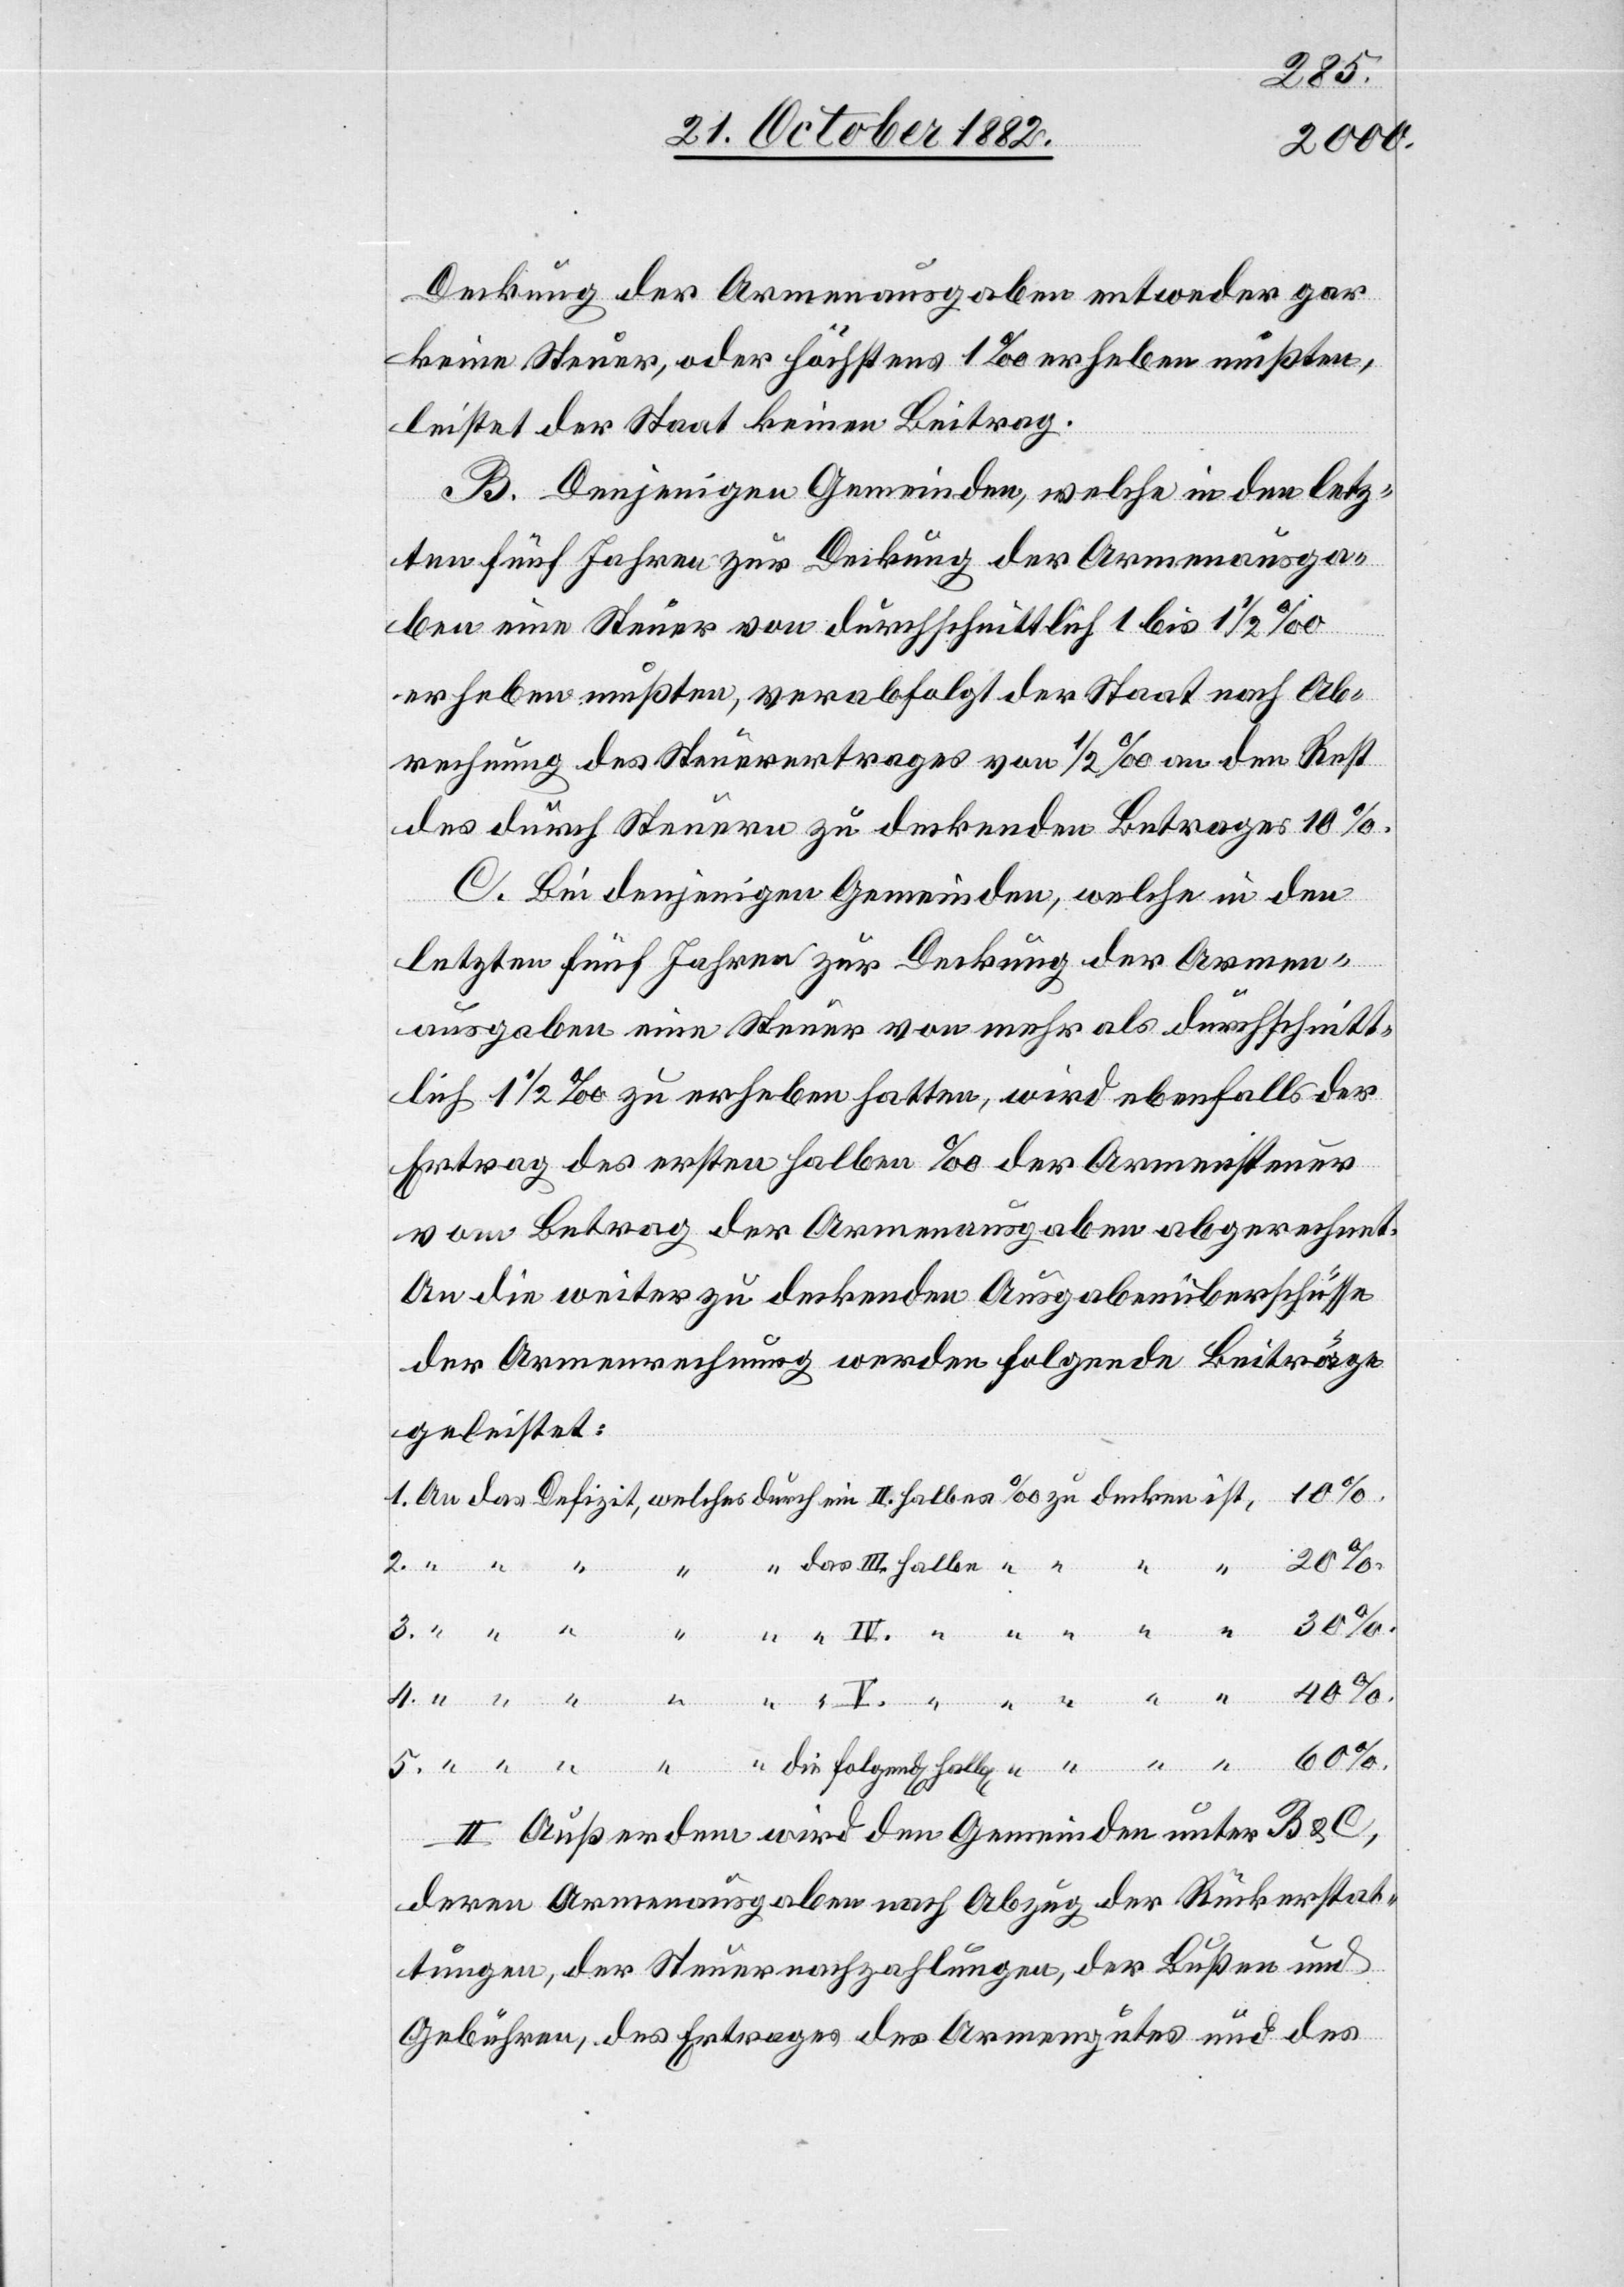
Deckung der Armenausgaben entweder gar
keine Steuer, oder höchstens 1‰ erheben mußten,
leistet der Staat keinen Beitrag.
B. Denjenigen Gemeinden, welche in den letz¬
ten fünf Jahren zur Deckung der Armenausga¬
ben eine Steuer von durchschnittlich 1 bis 1 1/2‰
erheben mußten, verabfolgt der Staat nach Ab¬
rechnung des Steuerertrages von 1 1/2‰ an den Rest
des durch Steuern zu deckenden Betrages von 10%.
C. Bei denjenigen Gemeinden, welche in den
letzten fünf Jahren zur Deckung der Armen¬
ausgaben eine Steuer von mehr als durchschnitt¬
lich 1 1/2‰ zu erheben hatten, wird ebenfalls der
Ertrag des ersten halben ‰ der Armensteuer
vom Betrag der Armenausgaben abgerechnet.
An die weiter zu deckenden Ausgabenüberschüsse
der Armenrechnung werden folgende Beiträge
geleistet:
II. Außerdem wird den Gemeinden unter B & C,
ein
deren Armenausgaben nach Abzug der Rückerstat¬
tungen, der Steuernachzahlungen, der Bußen und
Gebühren, des Ertrages des Armengutes und des